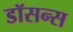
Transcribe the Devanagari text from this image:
डॉसन्स